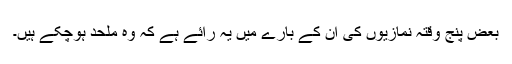
بعض پنج وقتہ نمازیوں کی ان کے بارے میں یہ رائے ہے کہ وہ ملحد ہوچکے ہیں۔